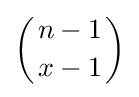
\left({n-1 \atop x-1}\right)